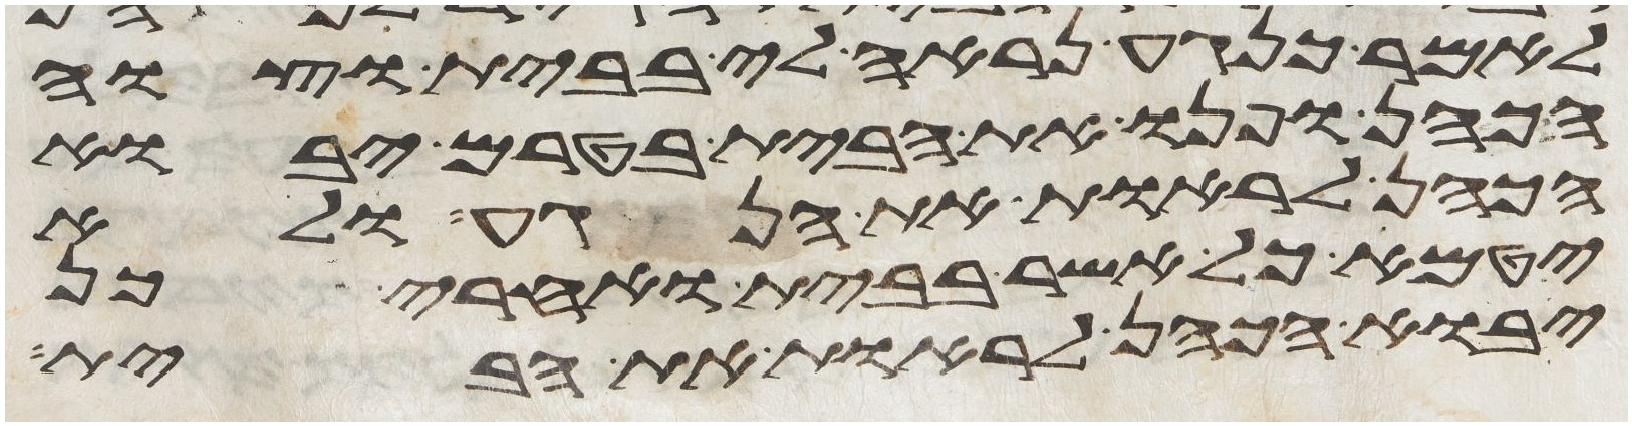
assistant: לאמר כנגע נראה לי בבית וצוה
הכהן ופנו את הבית בטרם יבוא
הכהן לראות את הנגע ולא
יטמא כל אשר בבית ואחרי כן
יבוא הכהן לראות את הבית